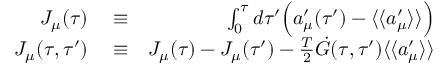
\begin{array} { r l r } { J _ { \mu } ( \tau ) } & { { } \equiv } & { \int _ { 0 } ^ { \tau } d \tau ^ { \prime } \Bigl ( a _ { \mu } ^ { \prime } ( \tau ^ { \prime } ) - \langle \langle a _ { \mu } ^ { \prime } \rangle \rangle \Bigr ) } \\ { { \cal J } _ { \mu } ( \tau , \tau ^ { \prime } ) } & { { } \equiv } & { J _ { \mu } ( \tau ) - J _ { \mu } ( \tau ^ { \prime } ) - \frac { T } { 2 } \dot { G } ( \tau , \tau ^ { \prime } ) \langle \langle a _ { \mu } ^ { \prime } \rangle \rangle } \end{array}